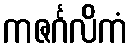
ကဇင်္ဂလိကံ